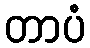
တာပံ